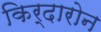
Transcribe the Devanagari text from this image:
किर्दारोन